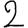
Digit: 2